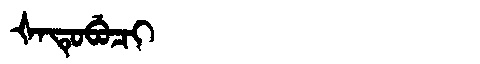
Manchu: ᡧᠠᡨᡠᠪᡠᠴᡳ
Romanization: ŠATUBUCI